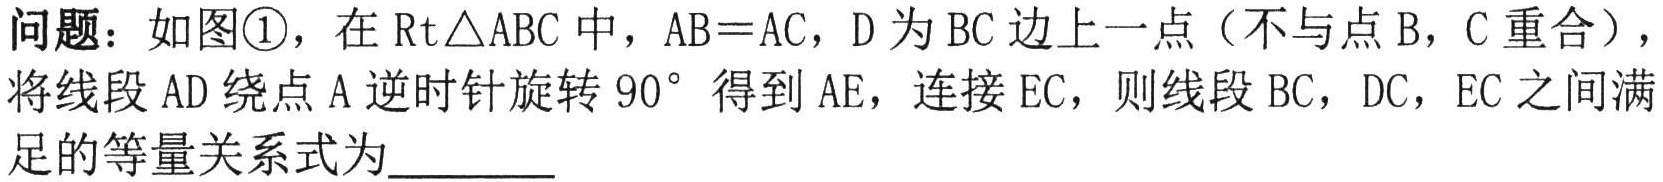
问题：如图\textcircled{1}，在\(\mathrm{Rt}\triangle ABC\)中，\(AB = AC\)，\(D\)为\(BC\)边上一点（不与点\(B\)，\(C\)重合），将线段\(AD\)绕点\(A\)逆时针旋转\(90^{\circ}\)得到\(AE\)，连接\(EC\)，则线段\(BC\)，\(DC\)，\(EC\)之间满足的等量关系式为________